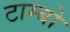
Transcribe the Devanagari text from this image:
टाम्‍बो